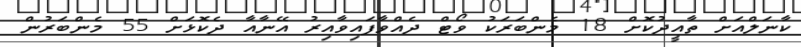
ކާނަލްއަށް ތާއީދުކޮށް 18 މެންބަރަކު ވޯޓް ދެއްވާފައިވާއިރު އޭނާއާ ދެކޮޅަށް 55 މެންބަރުން